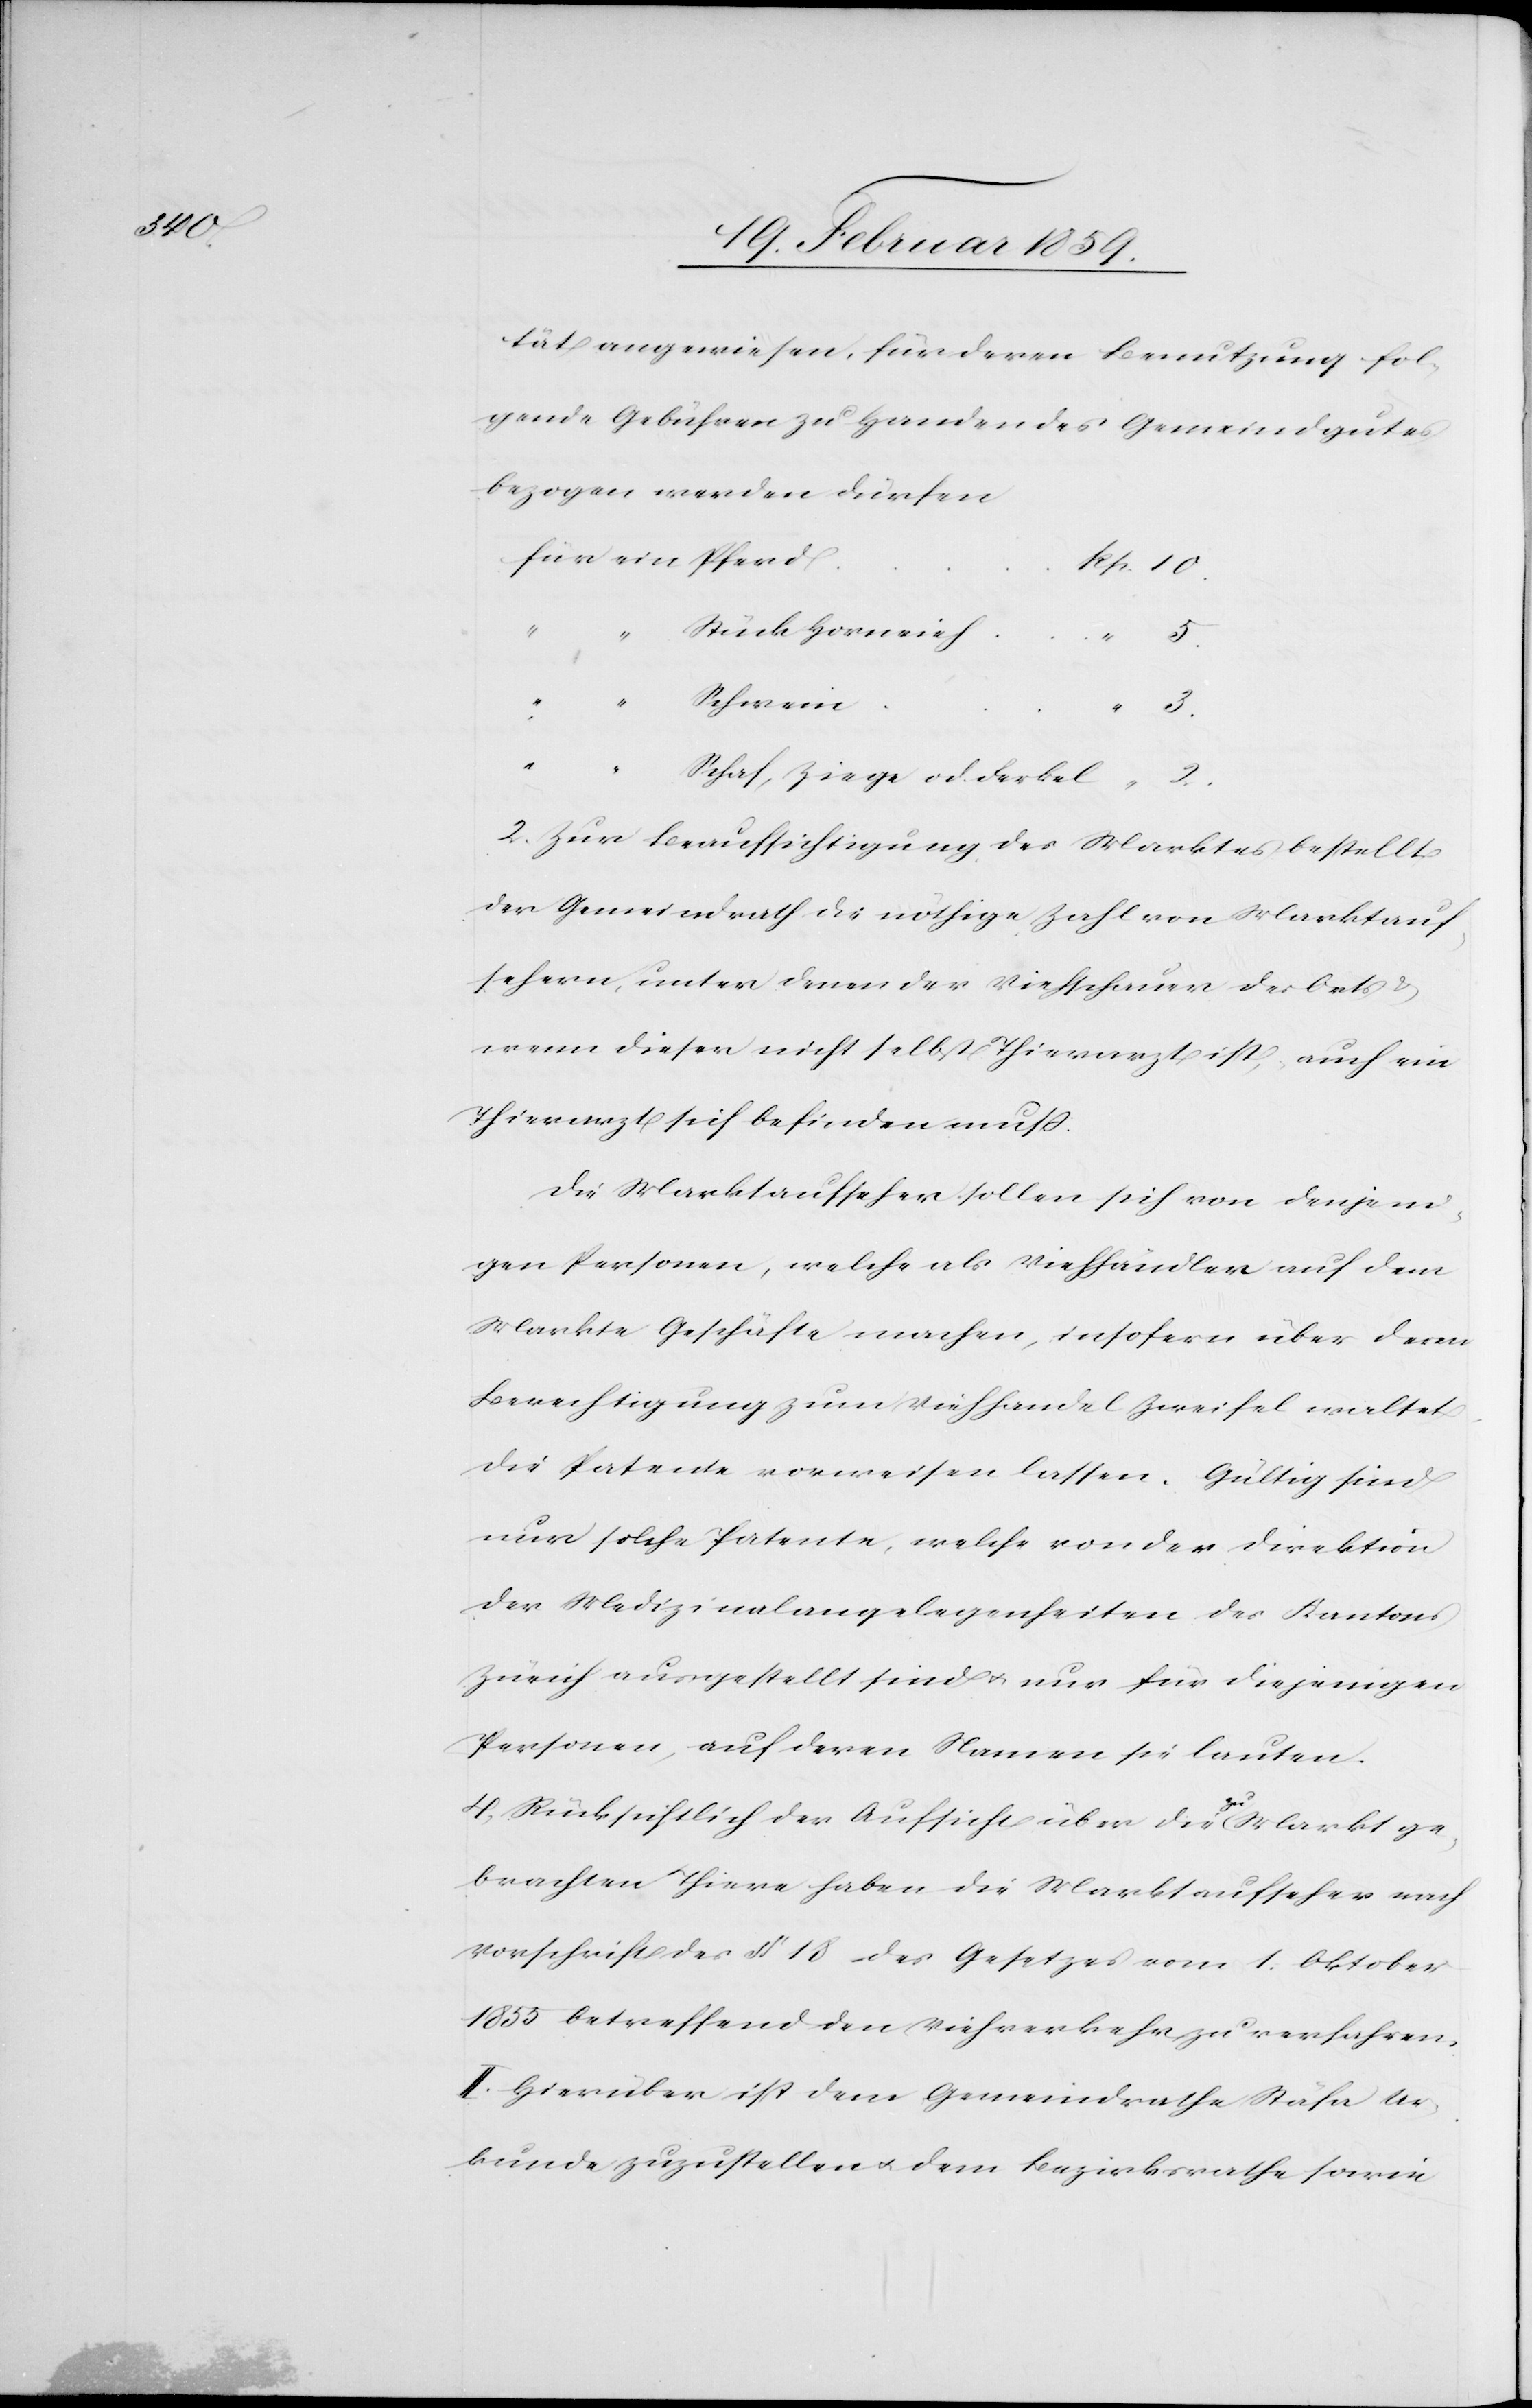
3.

tät angewiesen, für deren Benutzung fol¬
gende Gebühren zu Handen des Gemeindgutes
bezogen werden dürfen
Stück Hornvieh
2.
“
“
Schwein
2) Zur Beaufsichtigung des Marktes bestellt
der Gemeindrath die nöthige Zahl von Marktauf¬
sehern, unter denen der Viehschauer des Orts &
wenn dieser nicht selbst Thierarzt ist, auch ein
Thierarzt sich befinden muß:
Die Marktsaufseher sollen sich von denjeni¬
gen Personen, welche als Viehhändler auf dem
Markte Geschäfte machen, insofern über deren
Berechtigung zum Viehhandel Zweifel waltet,
die Patente vorweisen lassen. Gültig sind
nur solche Patente, welche von der Direktion
der Medizinalangelegenheiten des Kantons
Zürich ausgestellt sind u. nur für diejenigen
Personen, auf deren Namen sie lauten.
4) Rücksichtlich der Aufsicht über die zu Markt ge¬
brachten Thiere haben die Marktaufseher nach
Vorschrift des § 18 des Gesetzes vom 1. Oktober
1855 betreffend den Viehverkehr zu verfahren.
II. Hierüber ist dem Gemeindrathe Stäfa Ur¬
kunde zuzustellen u. dem Bezirksrathe sowie